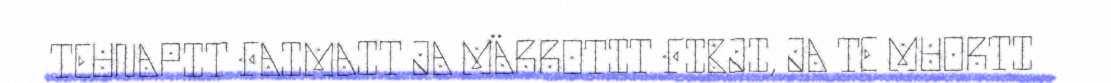
TEUNAPIT FAIMAIT JA MÄRROTIT FIBJI, JA TE MUORTI